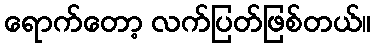
ရောက်တော့ လက်ပြတ်ဖြစ်တယ်။